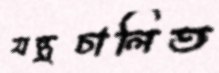
যন্ত্রচালিত